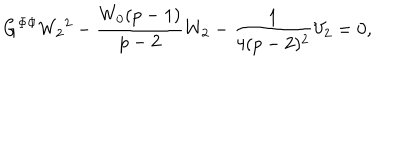
LaTeX: G ^ { \Phi \Phi } { W _ { 2 } } ^ { 2 } - \frac { W _ { 0 } ( p - 1 ) } { p - 2 } W _ { 2 } - \frac { 1 } { 4 ( p - 2 ) ^ { 2 } } V _ { 2 } = 0 ,